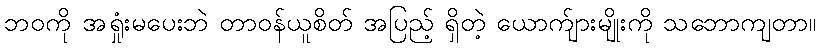
ဘဝကို အရှုံးမပေးဘဲ တာဝန်ယူစိတ် အပြည့် ရှိတဲ့ ယောက်ျားမျိုးကို သဘောကျတာ။